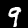
Label: 9